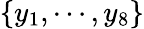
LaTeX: \{ y_{1},\cdots,y_{8}\}